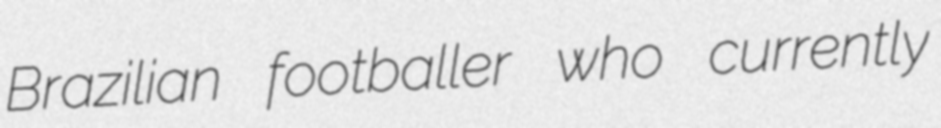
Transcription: Brazilian footballer who currently